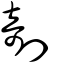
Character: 剞